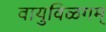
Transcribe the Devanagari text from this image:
वायुविळगम्